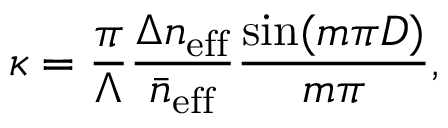
\kappa = \frac { \pi } { \Lambda } \frac { \Delta n _ { \mathrm { e f f } } } { \bar { n } _ { \mathrm { e f f } } } \frac { \sin ( m \pi D ) } { m \pi } ,